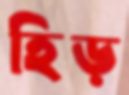
হিড়